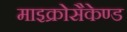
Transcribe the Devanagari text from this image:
माइक्रोसैकेण्ड